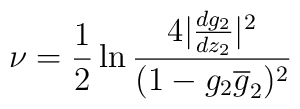
\nu={1 \over 2} \ln \frac{4|\frac{dg_{2}}{dz_{2}}|^{2}}{(1-g_{2}\overline g_{2})^{2}}